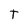
Character: T